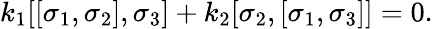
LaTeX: k_{1}[[\sigma_{1},\sigma_{2}],\sigma_{3}]+k_{2}[\sigma_{2},[\sigma_{1},\sigma_{3}]]=0.